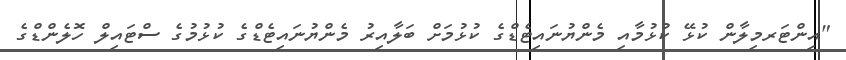
"އިންޓަރމިލާން ކުޅޭ ކުޅުމާއި މެންޔުނައިޓެޑްގެ ކުޅުމަށް ބަލާއިރު މެންޔުނައިޓެޑްގެ ކުޅުމުގެ ސްޓައިލް ހޮލެންޑްގެ